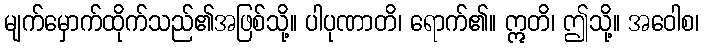
မျက်မှောက်ထိုက်သည်၏အဖြစ်သို့။ ပါပုဏာတိ၊ ရောက်၏။ ဣတိ၊ ဤသို့။ အဝေါစ၊